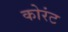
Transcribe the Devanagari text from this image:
कोरंट